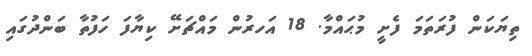
ތިޔަކަން ފުރަތަމަ ފެށީ މުޙައްމާ. 18 އަހރުން މައްޗަށޭ ކިޔާފަ ހަފުތާ ބަންދުގައި